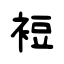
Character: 裋